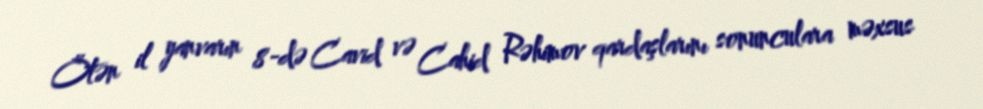
Ötən il yanvarın 8-də Cavid və Cahid Rəhimov qardaşlarını sonunculara məxsus